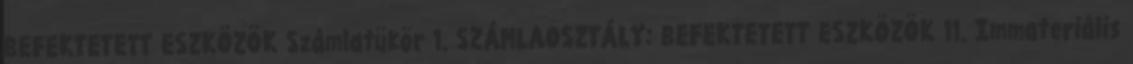
BEFEKTETETT ESZKÖZÖK Számlatükör 1. SZÁMLAOSZTÁLY: BEFEKTETETT ESZKÖZÖK 11. Immateriális